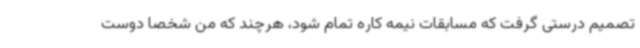
تصمیم درستی گرفت که مسابقات نیمه کاره تمام شود، هرچند که من شخصا دوست